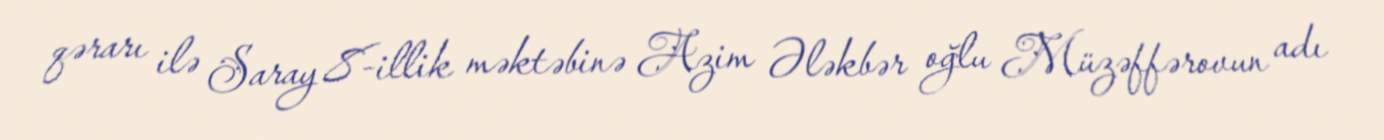
qərarı ilə Saray 8-illik məktəbinə Azim Ələkbər oğlu Müzəffərovun adı